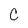
Character: c